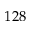
1 2 8